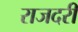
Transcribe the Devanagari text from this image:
राजदरी